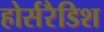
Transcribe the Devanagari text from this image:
होर्सरैडिश